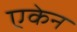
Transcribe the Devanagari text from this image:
एकेन